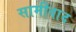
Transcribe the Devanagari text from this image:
सामीवाद